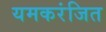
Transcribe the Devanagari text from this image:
यमकरंजित